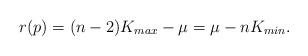
LaTeX: \begin{align*}r(p)=(n-2)K_{max}-\mu=\mu-nK_{min}. \end{align*}